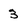
Character: 3